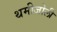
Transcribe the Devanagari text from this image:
थमीजोली